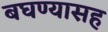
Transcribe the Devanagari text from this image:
बघण्यासह